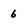
Character: 6